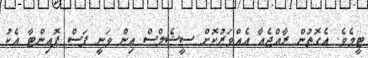
ޓީމެވެ. އެގޮތުން ރާއްޖެއާ އެއްވަރުކޮށް ސީޝެލްސް އިން ވަނީ ފަސް ޕޮއިންޓާ އެކު